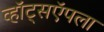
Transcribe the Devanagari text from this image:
व्हॉट्सऍपला